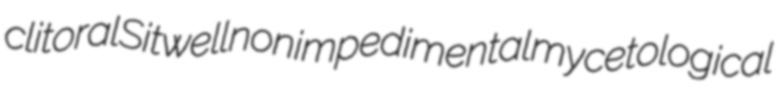
clitoral Sitwell nonimpedimental mycetological